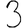
Digit: 3